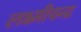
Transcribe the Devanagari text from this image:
लक्ष्मीचन्द्र